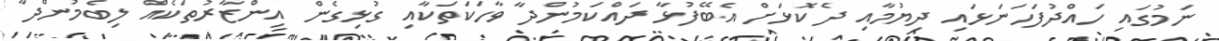
ނަމުގައި ހައްދުފަހަނަޅައި ދިޔުމާއި ދެކޮޅަށް އެބޭފުޅާ ދައްކަމުންދާ ވާހަކަތަކާއި ގުޅިގެން އިންޒާރުތަކެއް ލިބެމުންދާ